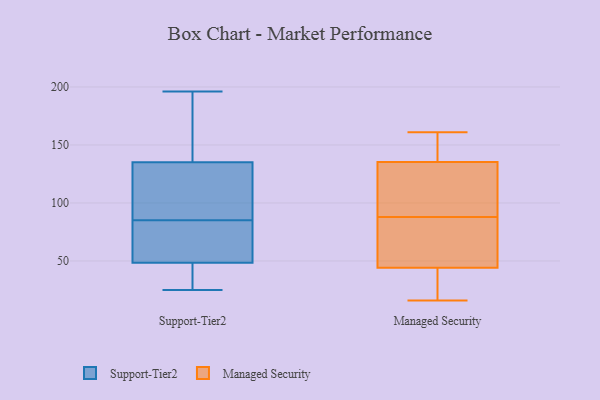
{"axis": {"x": "Latency (ms)", "y": "Value"}, "legend": ["Managed Security", "Support-Tier2"], "data": [{"x": "", "y": 27, "type": "Support-Tier2"}, {"x": "", "y": 36, "type": "Support-Tier2"}, {"x": "", "y": 157, "type": "Support-Tier2"}, {"x": "", "y": 196, "type": "Support-Tier2"}, {"x": "", "y": 69, "type": "Support-Tier2"}, {"x": "", "y": 115, "type": "Support-Tier2"}, {"x": "", "y": 38, "type": "Support-Tier2"}, {"x": "", "y": 93, "type": "Support-Tier2"}, {"x": "", "y": 152, "type": "Support-Tier2"}, {"x": "", "y": 144, "type": "Support-Tier2"}, {"x": "", "y": 25, "type": "Support-Tier2"}, {"x": "", "y": 58, "type": "Support-Tier2"}, {"x": "", "y": 186, "type": "Support-Tier2"}, {"x": "", "y": 91, "type": "Support-Tier2"}, {"x": "", "y": 126, "type": "Support-Tier2"}, {"x": "", "y": 74, "type": "Support-Tier2"}, {"x": "", "y": 39, "type": "Support-Tier2"}, {"x": "", "y": 81, "type": "Support-Tier2"}, {"x": "", "y": 77, "type": "Support-Tier2"}, {"x": "", "y": 89, "type": "Support-Tier2"}, {"x": "", "y": 154, "type": "Managed Security"}, {"x": "", "y": 161, "type": "Managed Security"}, {"x": "", "y": 115, "type": "Managed Security"}, {"x": "", "y": 54, "type": "Managed Security"}, {"x": "", "y": 59, "type": "Managed Security"}, {"x": "", "y": 105, "type": "Managed Security"}, {"x": "", "y": 88, "type": "Managed Security"}, {"x": "", "y": 142, "type": "Managed Security"}, {"x": "", "y": 16, "type": "Managed Security"}, {"x": "", "y": 22, "type": "Managed Security"}, {"x": "", "y": 41, "type": "Managed Security"}, {"x": "", "y": 92, "type": "Managed Security"}, {"x": "", "y": 154, "type": "Managed Security"}, {"x": "", "y": 58, "type": "Managed Security"}, {"x": "", "y": 33, "type": "Managed Security"}]}